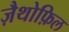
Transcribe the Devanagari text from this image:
ज़ैथोफ़िल